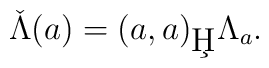
\check \Lambda(a) ={(a,a)_{\c H}}\Lambda_a.